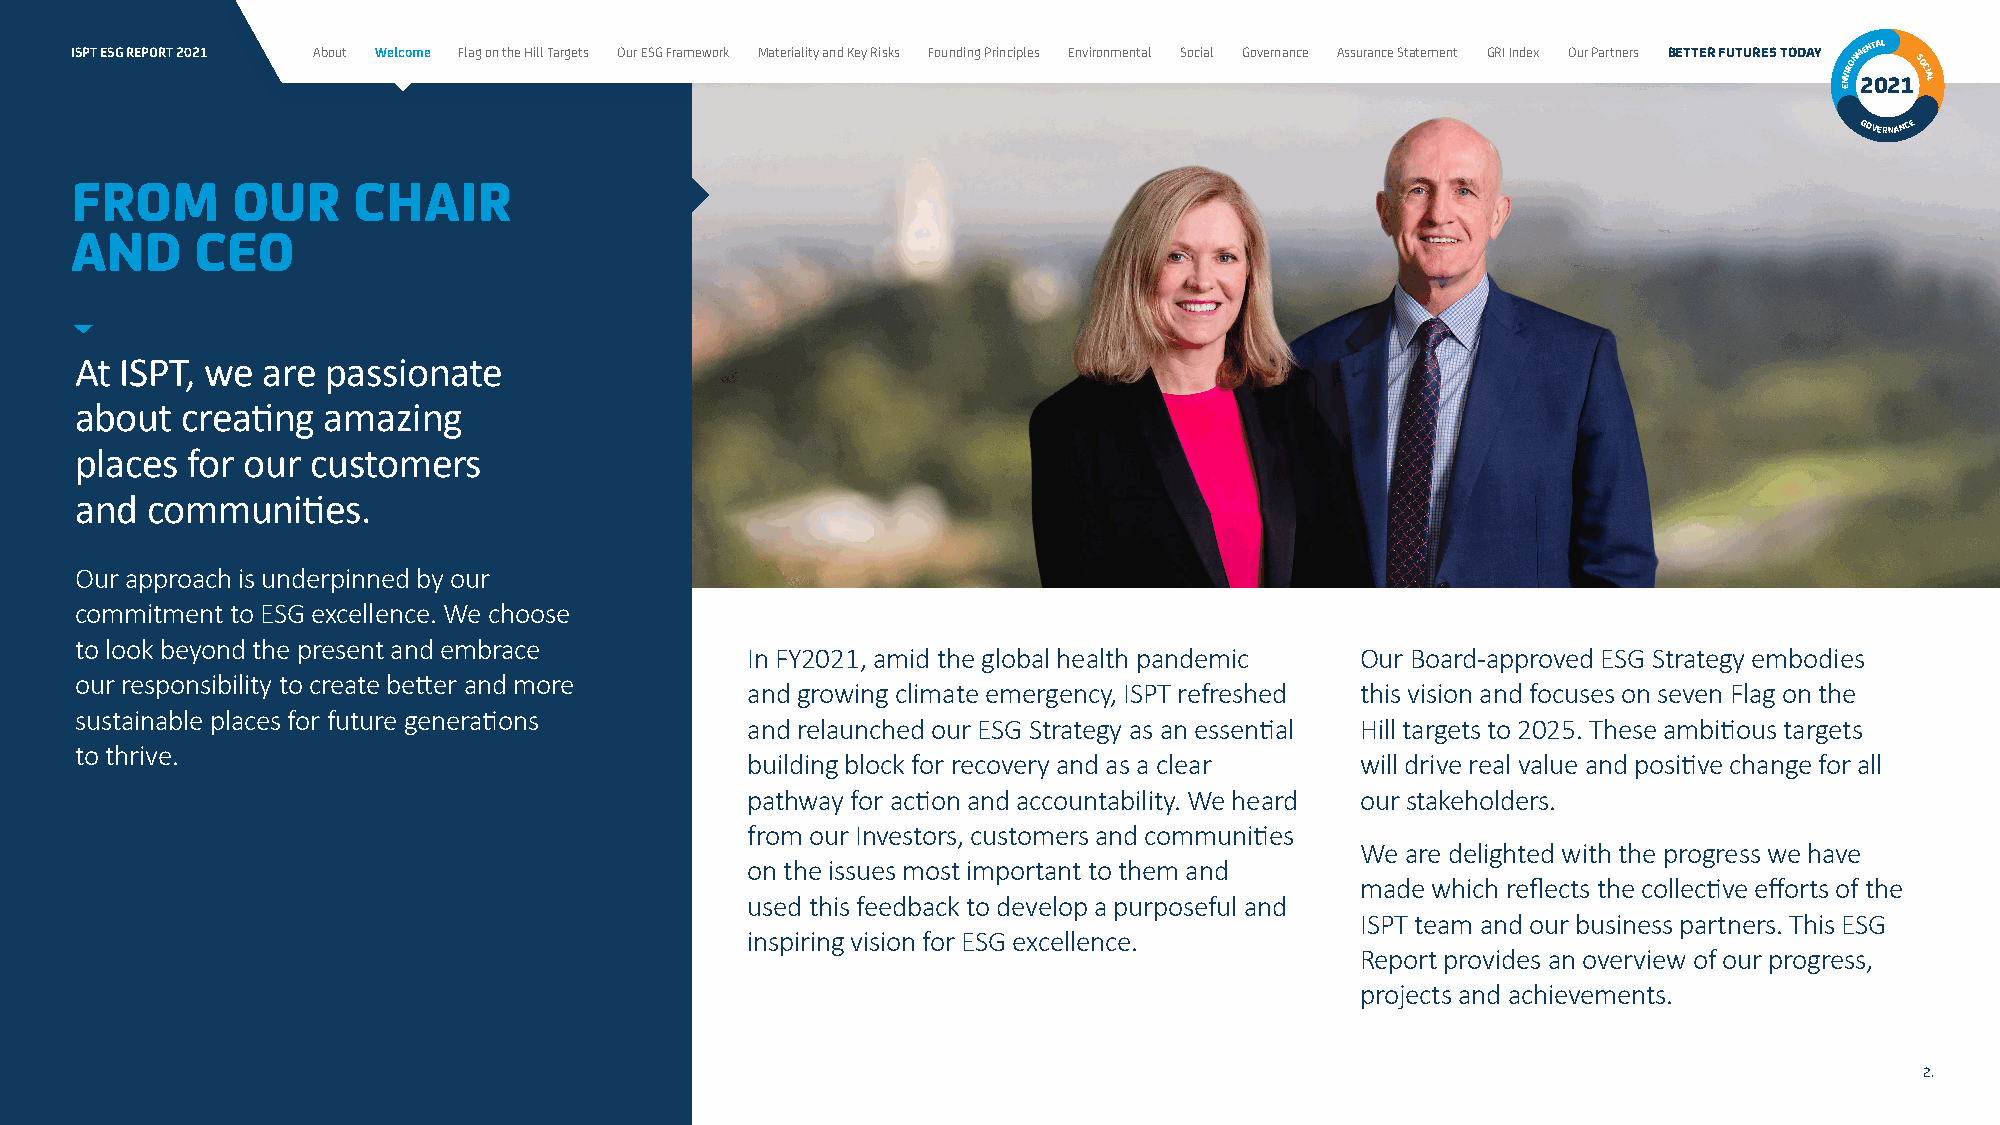
ISPT ESG REPORT 2021 About Welcome Flag on the Hill Targets Our ESG Framework Materiality and Key Risks Founding Principles Environmental Social Governance Assurance Statement GRI Index Our Partners BETTER FUTURES TODAY NVIRONM 2ENT 0AL
 21SOCIAL
 E
 GOVERNANCE
 FROM      OUR     CHAIR
 AND     CEO
 At ISPT, we are  passionate
 about  creating amazing
 places for our  customers
 and  communities.
 Our approach is underpinned by our
 commitment to ESG excellence. We choose
 to look beyond the present and embrace
 In FY2021, amid the global health pandemic Our Board-approved ESG Strategy embodies
 our responsibility to create better and more
 and growing climate emergency, ISPT refreshed this vision and focuses on seven Flag on the
 sustainable places for future generations
 and relaunched our ESG Strategy as an essential Hill targets to 2025. These ambitious targets
 to thrive.
 building block for recovery and as a clear will drive real value and positive change for all
 pathway for action and accountability. We heard our stakeholders.
 from our Investors, customers and communities
 We are delighted with the progress we have
 on the issues most important to them and
 made which reflects the collective efforts of the
 used this feedback to develop a purposeful and
 ISPT team and our business partners. This ESG
 inspiring vision for ESG excellence.
 Report provides an overview of our progress,
 projects and achievements.
 2.